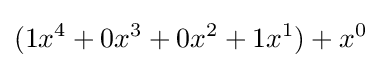
(1x^{4}+0x^{3}+0x^{2}+1x^{1})+x^{0}